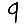
Digit: 9